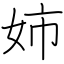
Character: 姉